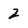
Character: 2